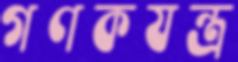
গণকযন্ত্র